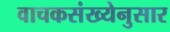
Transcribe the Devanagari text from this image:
वाचकसंख्येनुसार